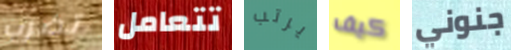
تضرب تتعامل يرتب كيف جنوني